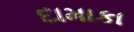
દામાકા